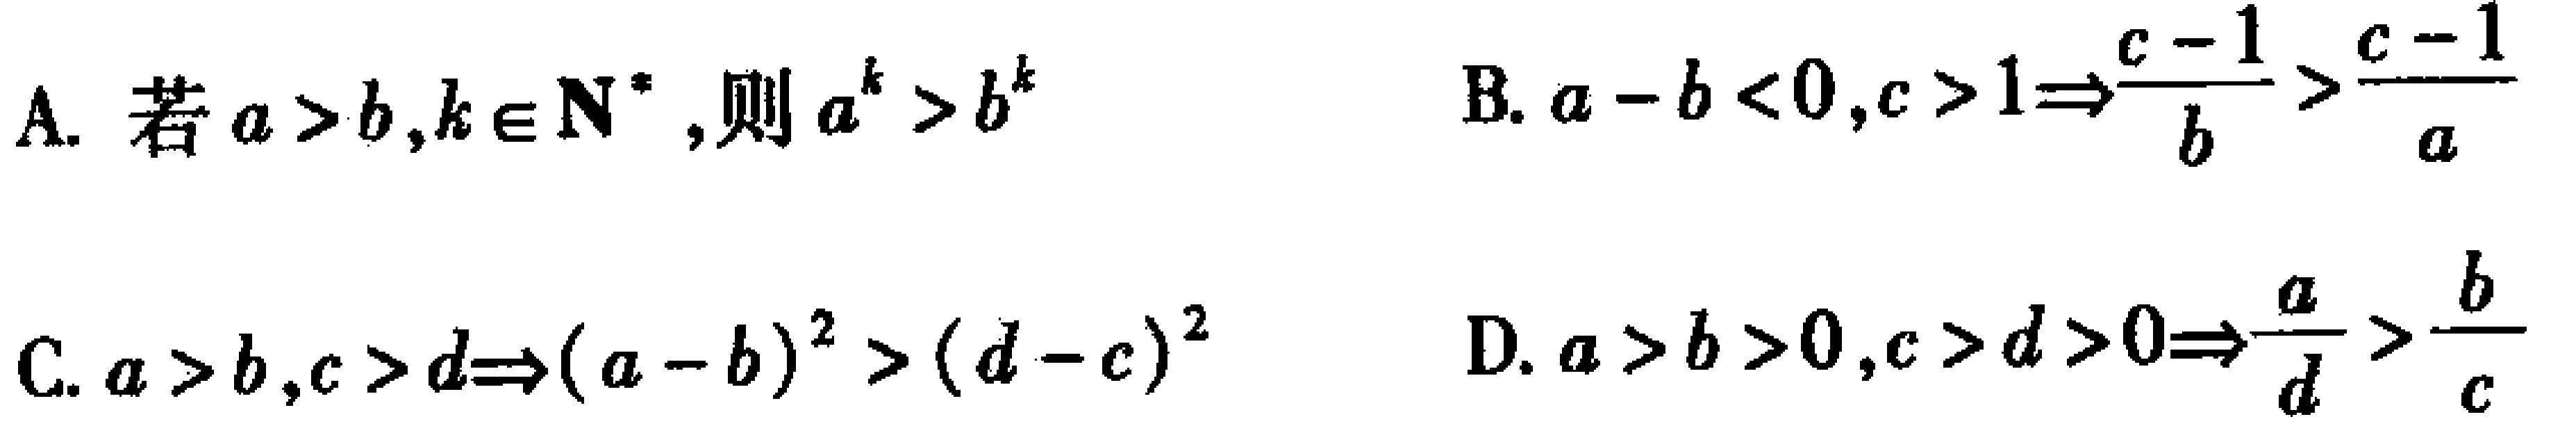
A. 若\(a > b,k\in\mathbf{N}^{*}\),则\(a^{k}>b^{k}\)

B. \(a - b < 0,c > 1\Rightarrow\frac{c - 1}{b}>\frac{c - 1}{a}\)

C. \(a > b,c > d\Rightarrow(a - b)^{2}>(d - c)^{2}\)

D. \(a > b > 0,c > d > 0\Rightarrow\frac{a}{d}>\frac{b}{c}\)